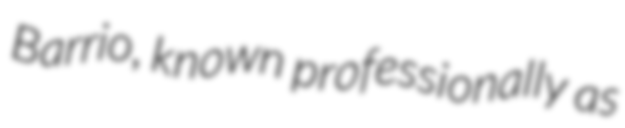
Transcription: Barrio, known professionally as